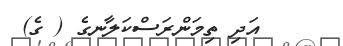
އަދި ތިމަންރަސްކަލާނގެ ( ގެ)